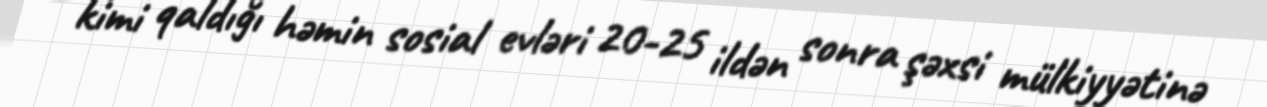
kimi qaldığı həmin sosial evləri 20-25 ildən sonra şəxsi mülkiyyətinə